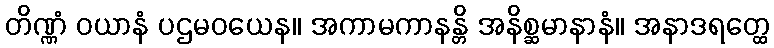
တိဏ္ဏံ ဝယာနံ ပဌမဝယေန။ အကာမကာနန္တိ အနိစ္ဆမာနာနံ။ အနာဒရတ္ထေ